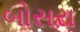
બોસરા